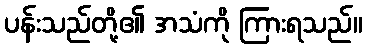
ပန်းသည်တို့၏ အသံကို ကြားရသည်။